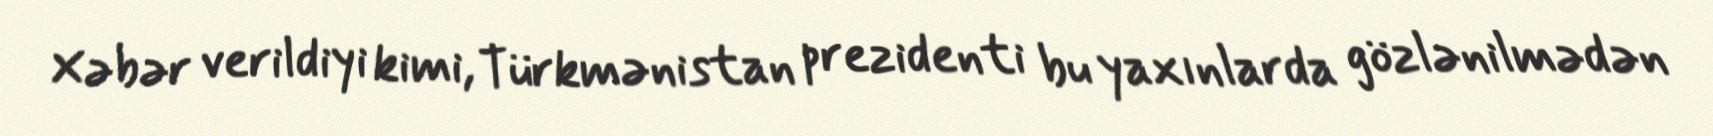
Xəbər verildiyi kimi, Türkmənistan prezidenti bu yaxınlarda gözlənilmədən